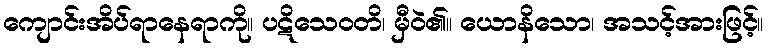
ကျောင်းအိပ်ရာနေရာကို။ ပဋိသေဝတိ၊ မှီဝဲ၏။ ယောနိသော၊ အသင့်အားဖြင့်။